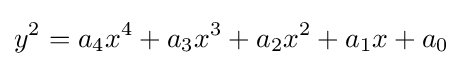
y^{2}=a_{4}x^{4}+a_{3}x^{3}+a_{2}x^{2}+a_{1}x+a_{0}